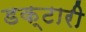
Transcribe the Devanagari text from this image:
डक्टारी